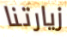
زيارتنا